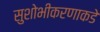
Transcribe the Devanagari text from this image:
सुशोभीकरणाकडे